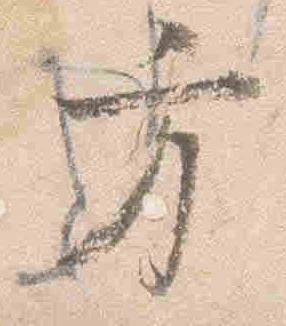
方